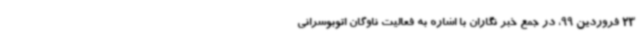
23 فروردین 99، در جمع خبر نگاران با اشاره به فعالیت ناوگان اتوبوسرانی